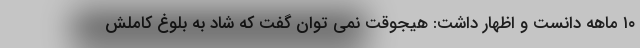
۱۰ ماهه دانست و اظهار داشت: هیجوقت نمی توان گفت که شاد به بلوغ کاملش